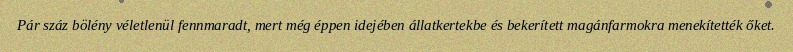
Pár száz bölény véletlenül fennmaradt, mert még éppen idejében állatkertekbe és bekerített magánfarmokra menekítették őket.